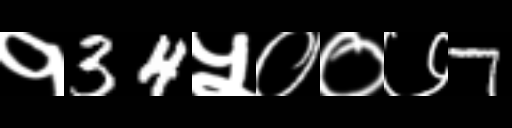
Text: १34५००७7